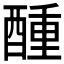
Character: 𮠵